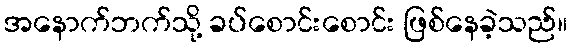
အနောက်ဘက်သို့ ခပ်စောင်းစောင်း ဖြစ်နေခဲ့သည်။